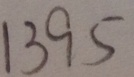
1 3 9 5